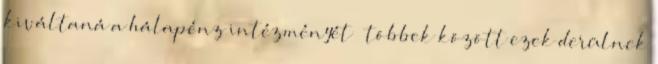
kiváltaná a hálapénz intézményét – többek között ezek derülnek